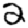
Digit: 2